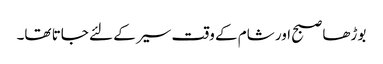
بوڑھا صبح اور شام کے وقت سیر کے لئے جاتا تھا۔